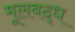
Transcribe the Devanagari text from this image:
मूलबद्ध